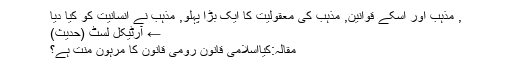
, مذہب اور اسکے قوانین, مذہب کی معقولیت کا ایک بڑا پہلو, مذہب نے انسانیت کو کیا دیا
← آرٹیکل لسٹ (حدیث)
مقالہ:کیااسلامی قانون رومی قانون کا مرہون منت ہے؟